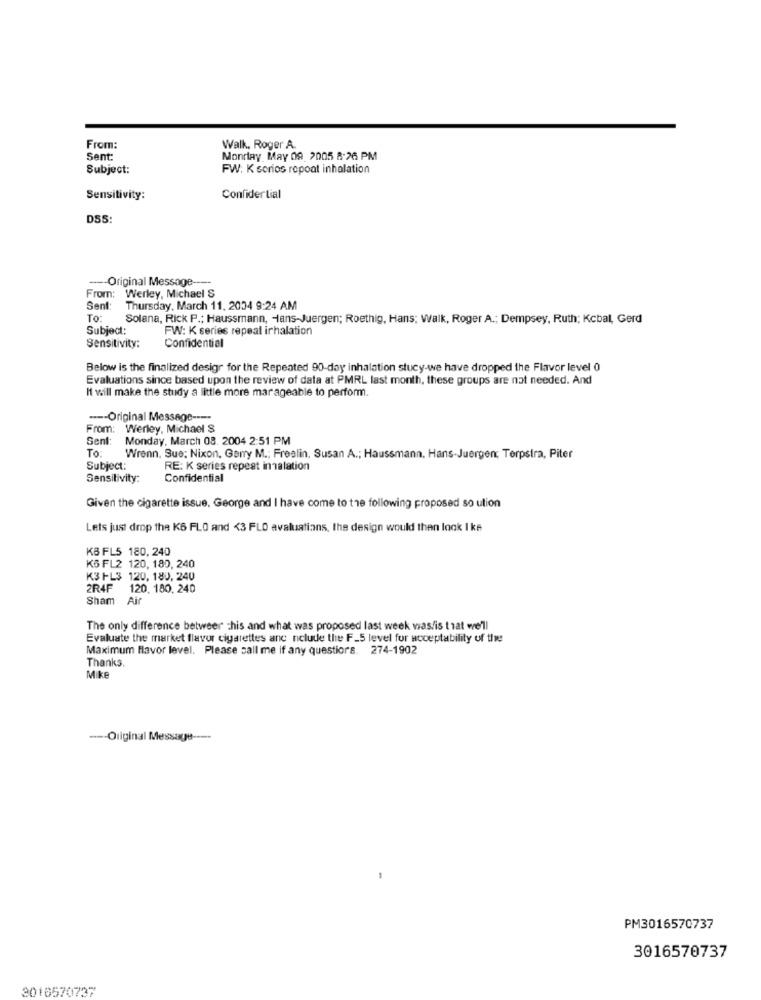
From:
Walk. Roger A.
Sent:
Monday, May 09 2005 8:26 PM
Subject:
FW: K sorios repoat inhalation
Sensitivity:
Confidential
DS5:
---- Original Message ----
From: Werley, Michael S
Sent
Thursday, March 11, 2004 9:24 AM
To:
Solana, Rick P .; Haussmann, Hans-Juergen; Roethig, Hans; Walk, Roger A .: Dempsey, Ruth; Kcbal, Gerd
Subject:
FW: K series repeal irhalation
Sensitivity:
Confidentiel
Below is the finalized desigr for the Repeated 90-day inhalation stucy-we have dropped the Flavor level 0
Evaluations since based upon the review of data at PMRL last month, these groups are not needed. And
If will make the study a little more mar ageable to perform.
---- Original Message ----
From: Werley, Michael S
Sent:
Monday, March 08. 2004 2:51 PM
To:
Wrenn, Sue: Nixon, Garry M .; Frealin, Susan A .; Haussmann. Hans-Juergen; Terpstra, Piter
Subject:
RE: K series repeat inhalation
Sensitivity:
Confidential
Given the cigarette issue, George and I have come to the following proposed so ution
Lets just drop the KS FLO and <3 FLO avaluations, the design would then look 1 ks
KB FL5 180, 240
KS FL2 120, 180, 240
K3 FL3 120, 180, 240
2R4F 120. 180. 240
Sham Air
The only difference between chis and what was proposed last week was/is that we'll
Evaluate the market flavor cigarettes anc nclude the F_5 level for acceptability of the
Maximum flavor level. Please call me if any questions. 274-1902
Thanks.
Mike
---- Original Message ----
PM3016570737
3016570737
3016570737